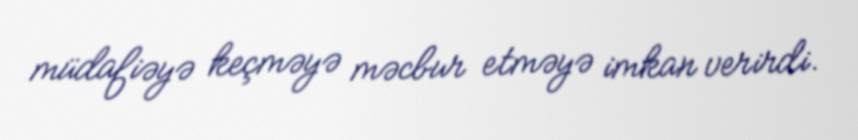
müdafiəyə keçməyə məcbur etməyə imkan verirdi.